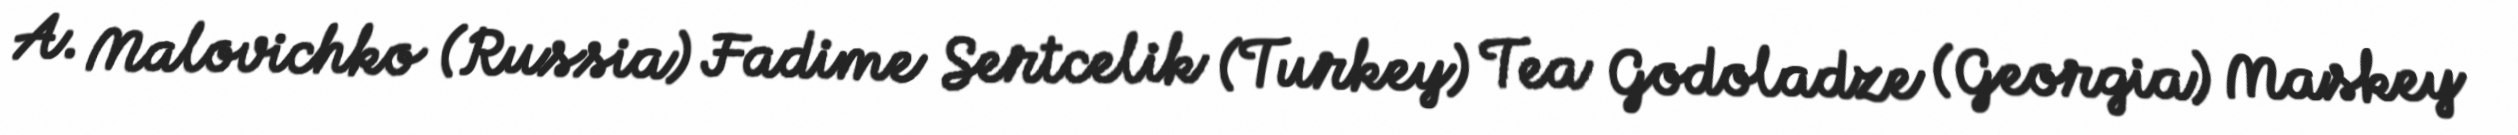
A. Malovichko (Russia) Fadime Sertcelik (Turkey) Tea Godoladze (Georgia) Maskey